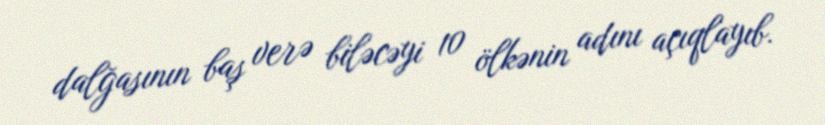
dalğasının baş verə biləcəyi 10 ölkənin adını açıqlayıb.